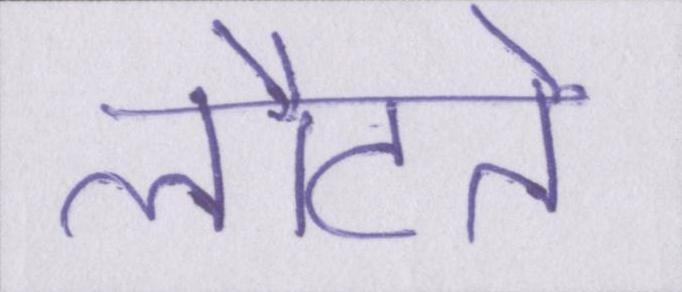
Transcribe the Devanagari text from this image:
लौटते